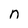
Character: n